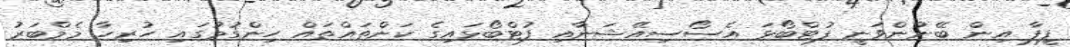
ފީފާ އިން ބޭނުންވަނީ ފުޓްބޯޅަ އެސޯސިއޭޝަނާއި ފުޓްބޯޅައިގެ ކަންތައްތައް ހިންގުމުގައި ހުރިހާ މެމްބަރު